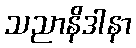
သညာနိဒါနာ